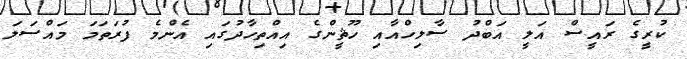
ކުރީގެ ރައީސް އަލީ އަބްދު ސާލިހްއާއި ހޫޘީންގެ އިއްތިހާދުގައި އެންމެ ފުރަތަމަ މައްސަލަ